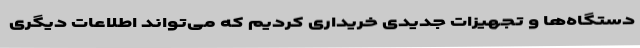
دستگاه‌ها و تجهیزات جدیدی خریداری کردیم که می‌تواند اطلاعات دیگری